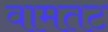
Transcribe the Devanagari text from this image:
वामतट